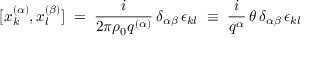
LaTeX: [ x _ { k } ^ { ( \alpha ) } , x _ { l } ^ { ( \beta ) } ] \; = \; \frac { i } { 2 \pi \rho _ { 0 } q ^ { ( \alpha ) } } \, \delta _ { \alpha \beta } \, \epsilon _ { k l } \; \equiv \; \frac { i } { q ^ { \alpha } } \, \theta \, \delta _ { \alpha \beta } \, \epsilon _ { k l }